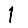
Digit: 1